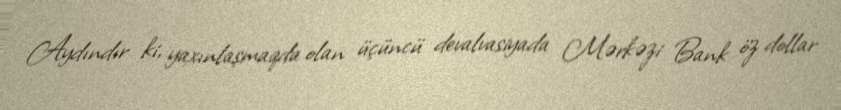
Aydındır ki, yaxınlaşmaqda olan üçüncü devalvasiyada Mərkəzi Bank öz dollar